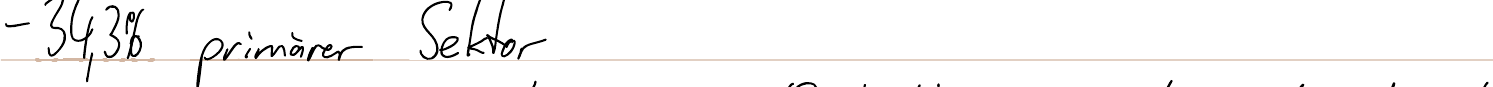
- 34,3% primärer Sektor